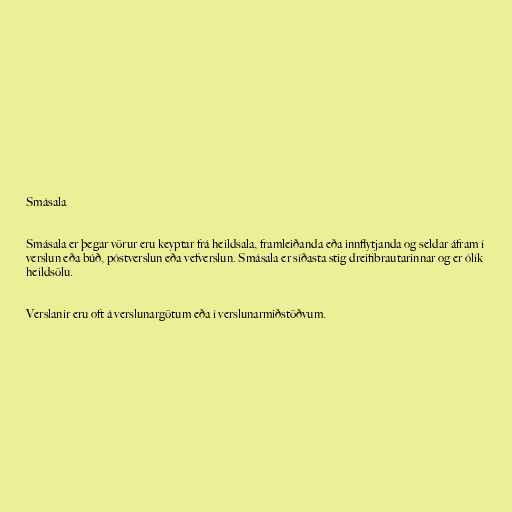
Smásala

Smásala er þegar vörur eru keyptar frá heildsala, framleiðanda eða innflytjanda og seldar áfram í
verslun eða búð, póstverslun eða vefverslun. Smásala er síðasta stig dreifibrautarinnar og er ólík
heildsölu.

Verslanir eru oft á verslunargötum eða í verslunarmiðstöðvum.